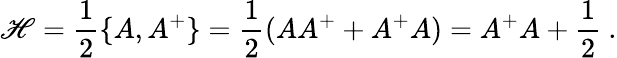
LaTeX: \mathscr{H}=\frac{1}{2}\{ A,A^{+}\} =\frac{1}{2}(AA^{+}+A^{+}A)=A^{+}A+\frac{1}{2}\ .